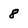
Character: 8